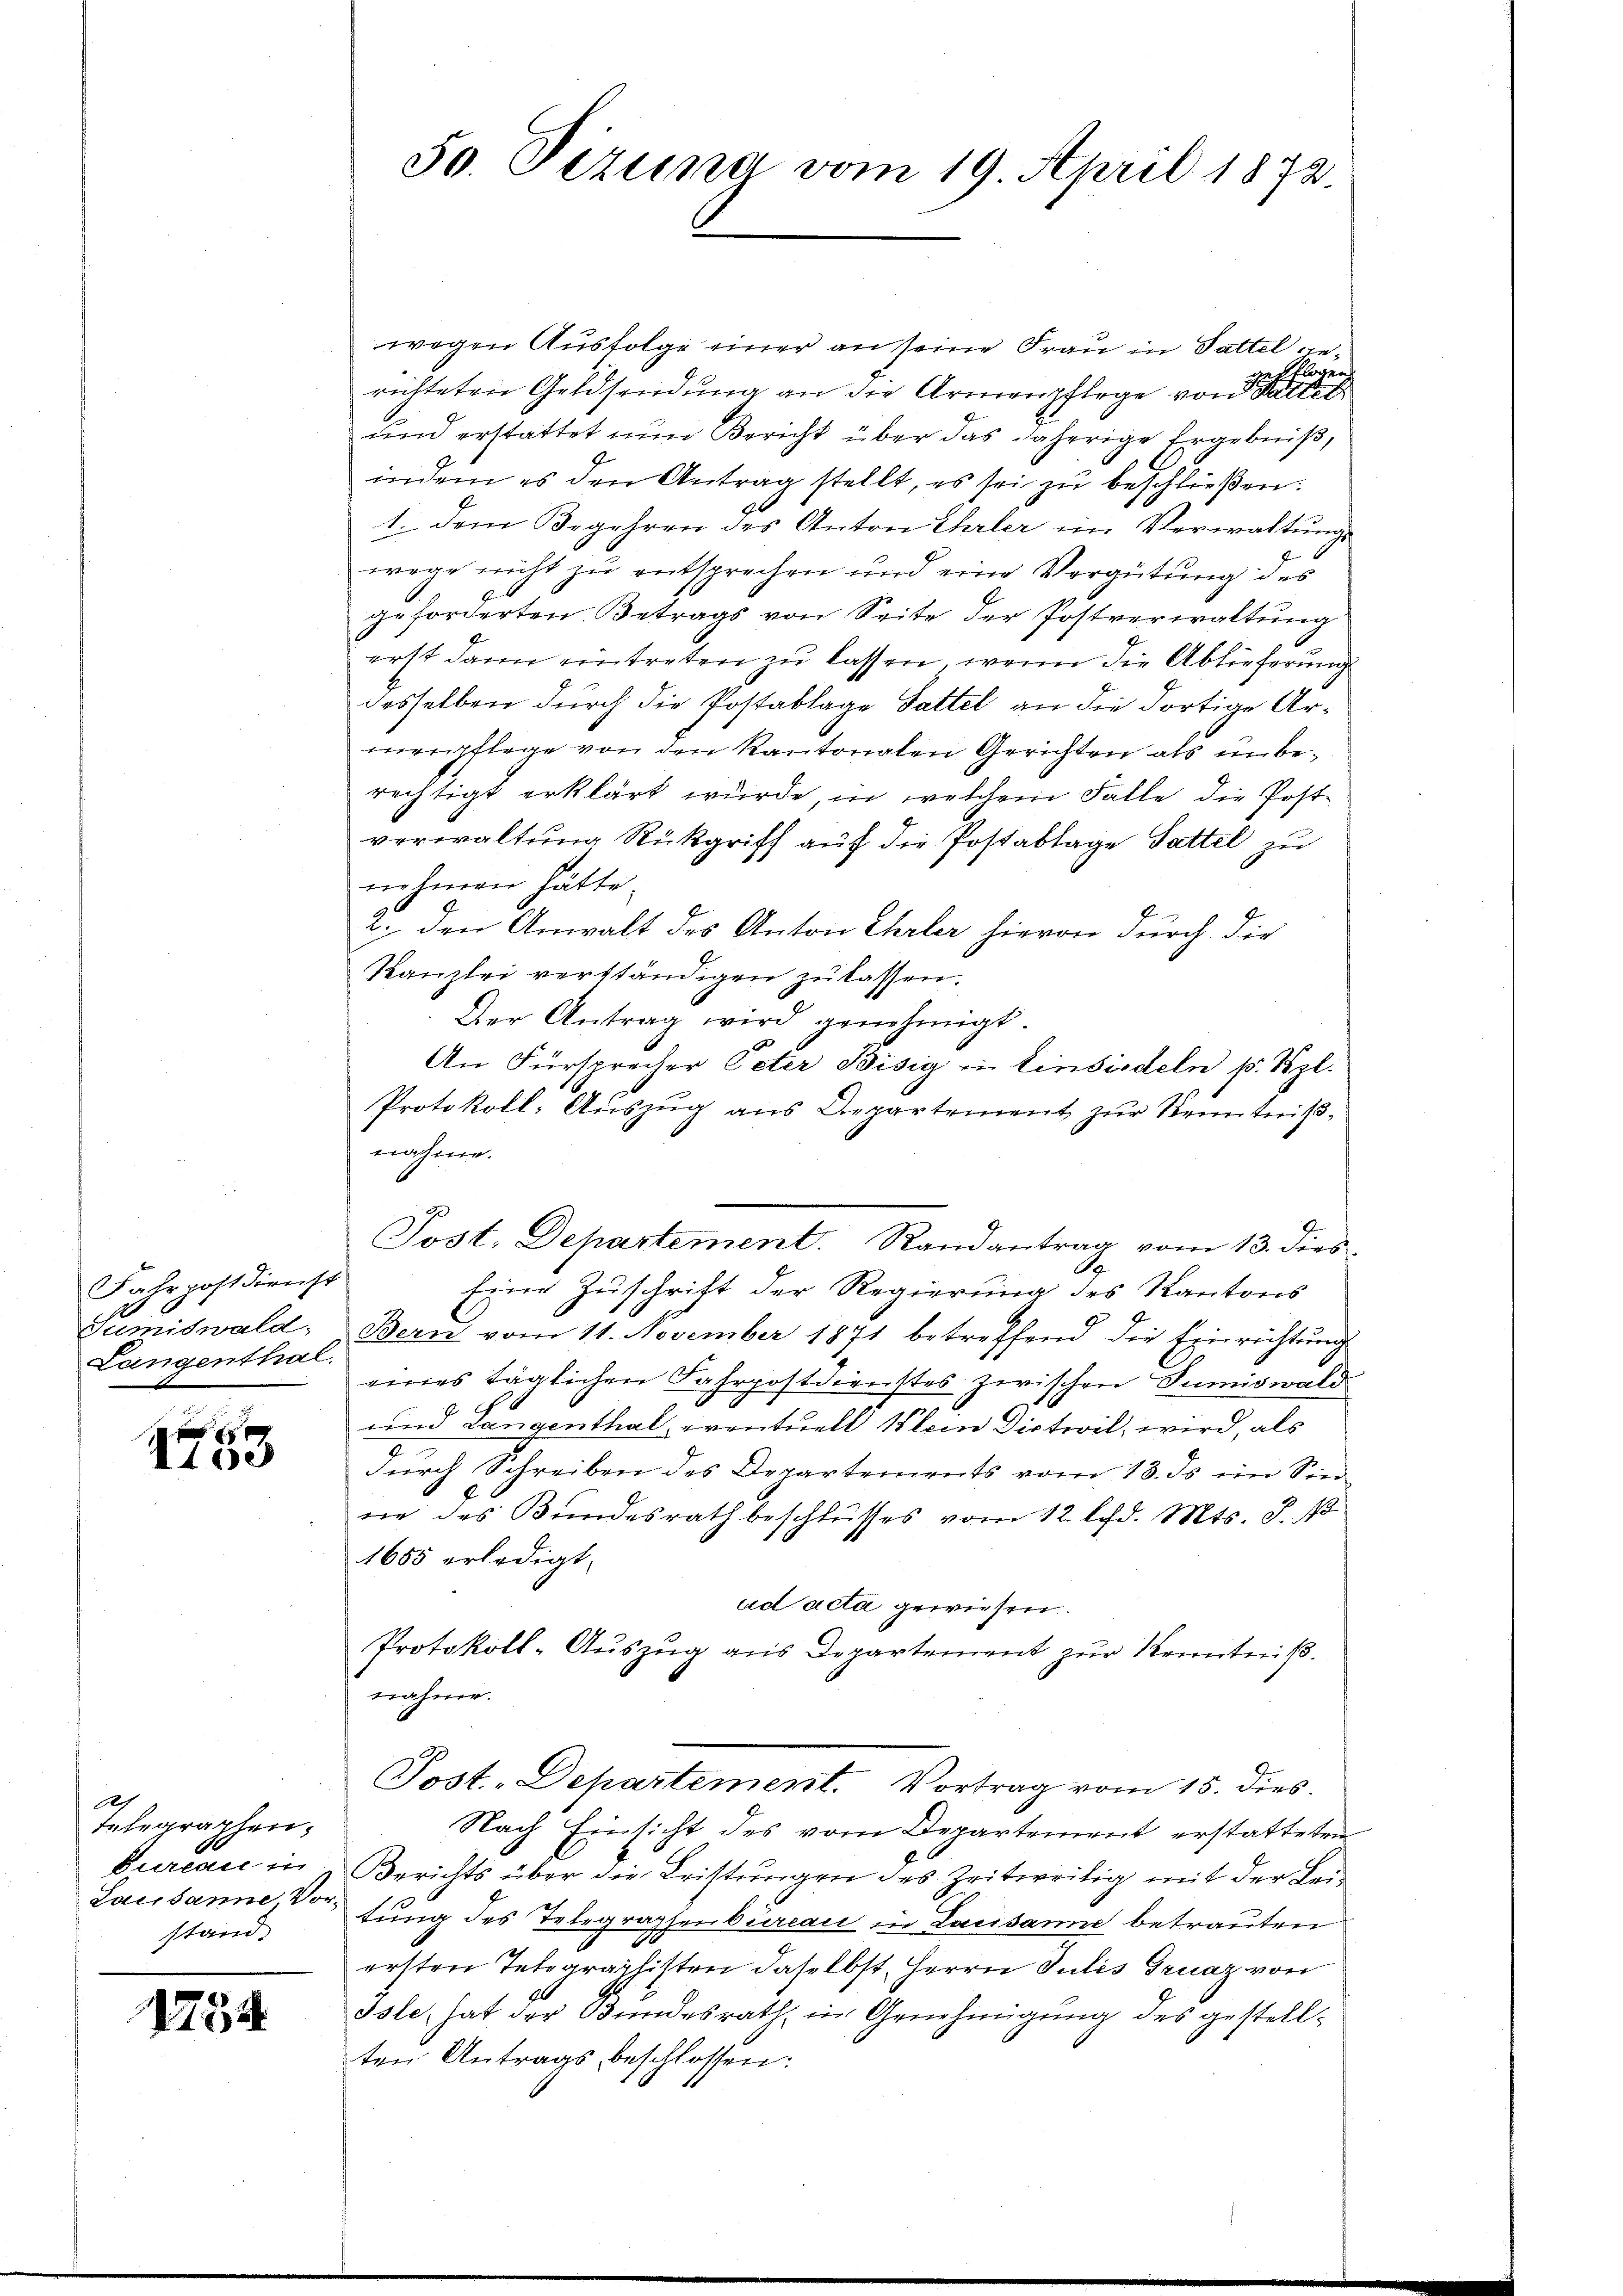
Fahrpostdienst
Langenthal.

1de

wegen Ausfolge einer an seine Frau in Sattel die¬
.
a
richteten Geldsendung an die Armenpflege von Battet
und erstattet nun Bericht über das daherige Ergebniß,
indem es den Antrag stellt, es sei zu beschließen:
1. Dem Begehren des Anton Ehrler im Verwaltŭngs
wege nicht zu entsprechen und eine Vergütung des
geforderten Betrags von Seite der Postverwaltung
erst dann eintreten zu lassen, wenn die Ablieferung
desselben durch die Postablage Sattel an die dortige Armenpflege von den Kantonalen Gerichten als unberechtigt erklärt wurde, in welchem Falle die Postverwaltung Rückgriff auf die Postablage Sattel zu
nehmen hätte.
2. den Anwalt des Anton Ehrler hievon durch die
Kanzlei verständigen zu lassen.
Der Antrag wird genehmigt.
An Fürsprecher Peter Bisig in Einsiedeln p. Szl.
Protokoll: Aŭszŭg ans Departement zŭr Kenntniß
nahme.
Post, Departement. Randantrag vom 13. dies
S
Eine Zuschrift der Regierung des Kantons
Sumiswald, Bern vom 11. November 1871 betreffend die Einrichtung
eines täglichen Fahrpostdienstes zwischen Sumiswald
und Langenthal, eventuell Mein Dietwil, wird, als
dŭrch Schreiben des Departements vom 13. ds im Sin
wie des Bundesrath beschlusses vom 12. lfd. Mts. S. 1
1685 erledigt.
ad acta gewiesen.
Protokoll-Auszug aus Departement zur Kenntniß.
nahme.
Post. Departement. Vortrag vom 15. dies
Nach Einsicht des vom Departement erstatteten
bureau in Berichts über die Leistungen des Zeitweilig mit der Lei¬
Lausanne, dastung des Telegraphenbureau in Lausanne betrauten
ersten Telegraphisten daselbst, Herrn Julis Graz von
Isle, hat der Bundesrath in Genehmigung des gestellten Antrags, beschlossen:

A
telegraphen.
stand.

1754

50. Pezuna vom 19. April 1872.